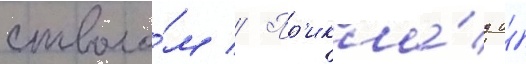
стволо́м // Пр'икла́д и́